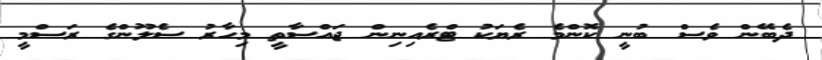
ދެބޭން ވެސް ބުނީ ކޮންމެ ރެޔަކު ޓްރެއިނިން ޖައްސާތީ މިހާރު ސެލޫންގެ ރަަސްމީ